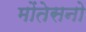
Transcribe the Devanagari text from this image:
मोंतेसनो